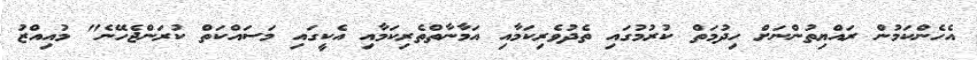
އެހެންކަމުން ރައްޔިތުންނަށް ހިދުމަތް ކުރުމުގައި ތެދުވެރިކަމާއި އަމާނާތްތެރިކަމާއި އެކީގައި މަސައްކަތް ކުރަންޖެހޭނެ" މުއިއްޒު